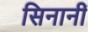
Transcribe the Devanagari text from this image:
सिनानीं